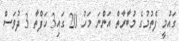
ގައުމީ ފެތުމުގެ މުބާރާތް އަންނަ މަހު 20 ގައި3 ހަފްތާ 3 ދުވަސް